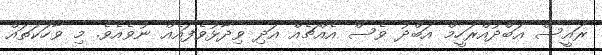
ރައީސް އަބްދުއްރަހީމް އަބްދު ވެސް އެއްޗެއް އަދި ވިދާޅުވެފައެއް ނުވެއެވެ. މި ވާހަކަތައް